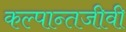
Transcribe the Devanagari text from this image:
कल्पान्तजीवी